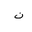
Letter: _non